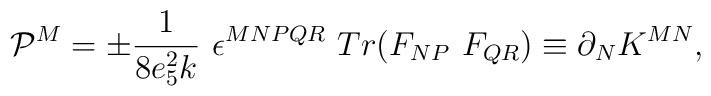
{\cal P}^M = \pm \frac{1}{8 e_5^2 k} \ \epsilon^{M N P Q R} \ Tr( F_{N P} \ F_{Q R} ) \equiv \partial_N K^{M N} ,